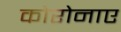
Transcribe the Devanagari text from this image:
कोरोनाए